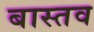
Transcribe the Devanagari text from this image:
बास्तव